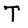
Character: T